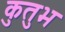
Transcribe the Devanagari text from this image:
कुतुभ